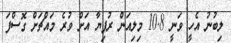
ލިބުނު އެހީ ވަނީ 10.8 މިލިއަން ރުފިޔާ އަށް ވުރެ މައްޗަށް ގޮސްފަ